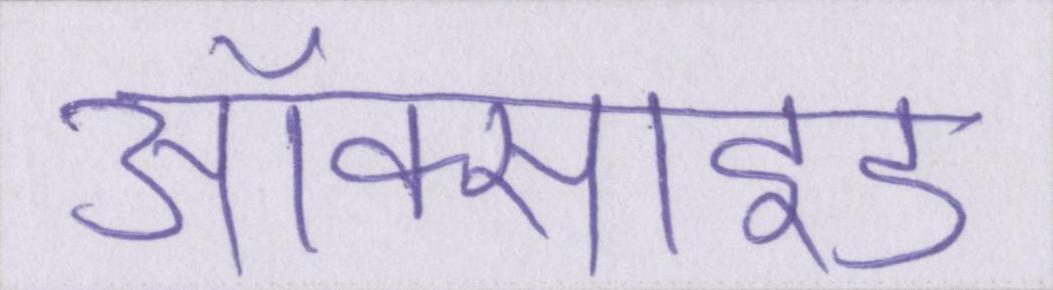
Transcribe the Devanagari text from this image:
ऑक्साइड